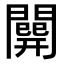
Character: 𨶘